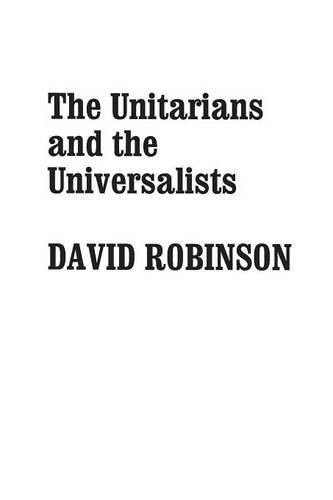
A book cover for The Unitarians and the Universalists; David Robinson; Religion & Spirituality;